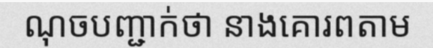
ណុចបញ្ជាក់ថា នាងគោរពតាម